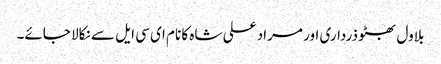
بلاول بھٹو ذرداری اور مراد علی شاہ کا نام ای سی ایل سے نکالا جائے۔